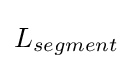
L_{segment}